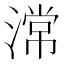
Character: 𣻸